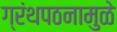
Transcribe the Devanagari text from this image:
ग्रंथपठनामुळे